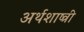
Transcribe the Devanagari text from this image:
अर्थशाष्त्री